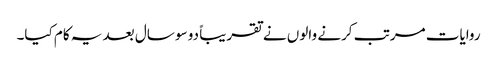
روایات مرتب کرنے والوں نے تقریباً دو سو سال بعد یہ کام کیا۔